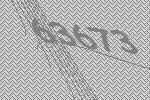
63673